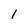
Character: 1